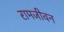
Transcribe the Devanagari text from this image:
रामजीवन